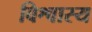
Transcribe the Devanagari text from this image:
विश्वास्य